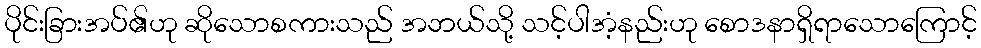
ပိုင်းခြားအပ်၏ဟု ဆိုသောစကားသည် အဘယ်သို့ သင့်ပါအံ့နည်းဟု စောဒနာရှိရာသောကြောင့်